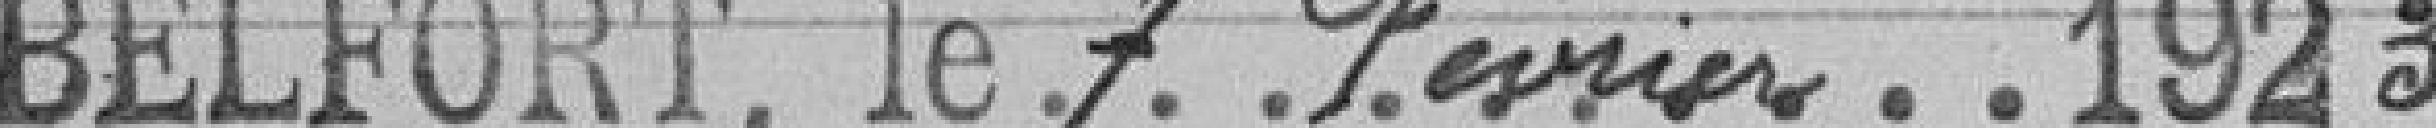
BELFORT, le 7 Février 1923